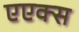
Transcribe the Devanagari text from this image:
एएक्स